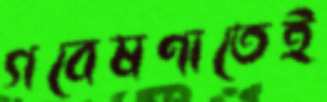
গবেষণাতেই